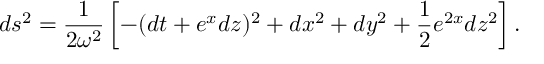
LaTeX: d s ^ { 2 } = \frac 1 { 2 \omega ^ { 2 } } \left[ - ( d t + e ^ { x } d z ) ^ { 2 } + d x ^ { 2 } + d y ^ { 2 } + \frac 1 2 e ^ { 2 x } d z ^ { 2 } \right] .